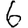
Digit: 6